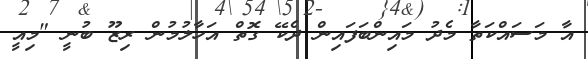
އާ މަސައްކަތާ މެދު މައިންބަފައިން ދެކޭ ގޮތް އަހާލުމުން ރިޒޫ ބުނީ "މިއީ